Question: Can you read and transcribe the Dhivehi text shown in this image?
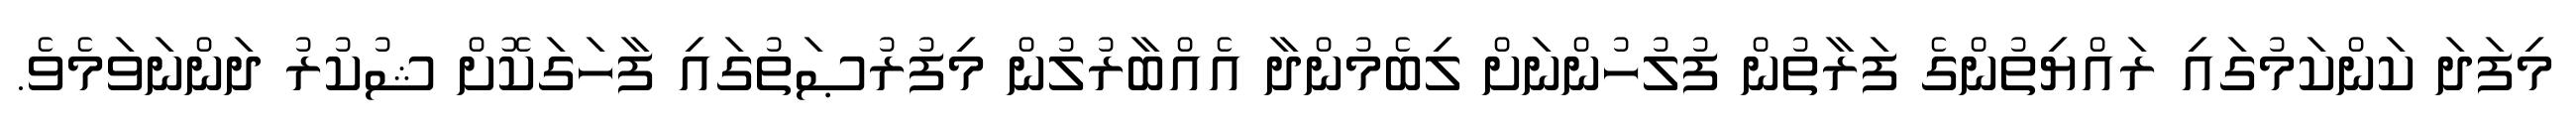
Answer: މިފަދަ ކަންކަމުގައި ރައްޔިތުންގެ ފަރާތުން ފުލުހުންނަށް ލިބެމުންދާ އެއްބާރުލުން މިފުރުޞަތުގައި ފާހަގަކޮށް ޝުކުރު ދަންނަވަމެވެ.